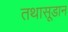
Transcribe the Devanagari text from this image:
तथासूडान